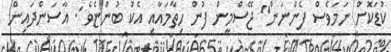
ކުޑަކޮށް ނަމަވެސް ފެންނަން" ޖޭސްމީން ފުން ހިތާމައާއި އެކު ބުންޏެވެެ ަ. އާސަންދައިން